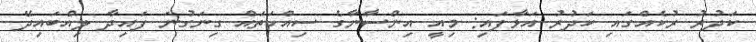
ކަދުރު ރުކެއްގައި ކަދުރު އަޅާފައި: މިއީ އިންސާނާގެ ސިއްހަތައް ގިނަގުނަ ފައިދާ ލިއްބައިދޭ